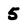
Character: 5